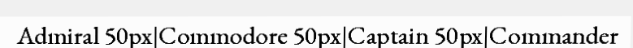
Admiral 50px|Commodore 50px|Captain 50px|Commander